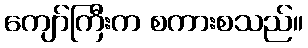
ကျော်ကြီးက စကားစသည်။